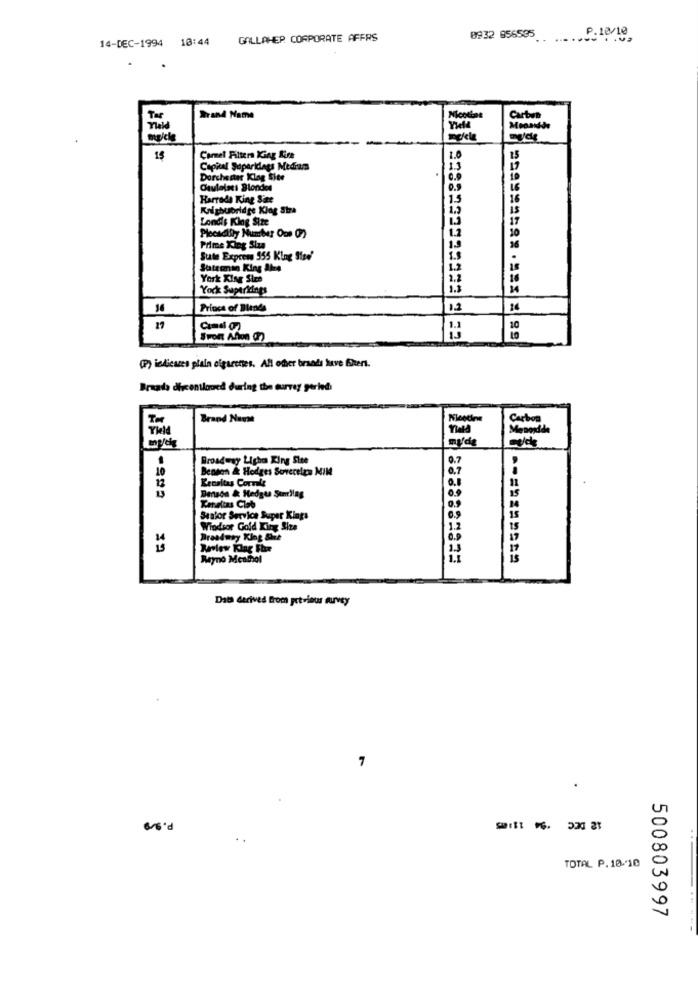
14-DEC-1994 10:44
GALLAHER. CORPORATE AFFRS
8932 856535 .. ...... 18/10
Tar
Brand Name
Carbon
Tiald
15
Carmel Filtera WGag Kire
1.0
Capital Soparidags Medram
1.3
Durchenter Klog Site
Caulelacs Blondes
Harrods King Siar
15
Krighubridge Klag Stra
Londis King Size
Piccadilly Number One ()
1.2
Prime King Size
1.9
Sute Expres 555 Klng Sted'
i.s
1.2
York Kler Sire
1.2
York Superidings
Prince of Blends
12
27
10
(P) indicazes plala cigarettes. All other brands have Ehert.
Bruada dircentlaned during the survey perledi
Brand Name
Theld
my/de
Broadway Lich King Site
9.7
10
Benson & Hedges Sovereira MIN
0.7
Kensitas Cornis
17
Denada & Hedges Sumiing
0.9
Sanfor Service Super Kings
0.9
Windsor Gold King Size
1.2
0.9
22
Review Klag Fhr
1.5
Reyno Meathol
Data derived from previous murvey
7
P. S/0
...
TOTAL P. 10.10
500803997
-----